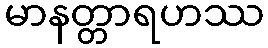
မာနတ္တာရဟဿ